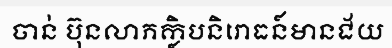
ចាន់ ប៊ុនលាភក្លិបនិរោធន៍មានជ័យ